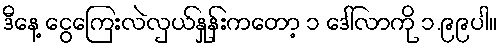
ဒီနေ့ ငွေကြေးလဲလှယ်နှုန်းကတော့ ၁ ဒေါ်လာကို ၁.၉၉ပါ။